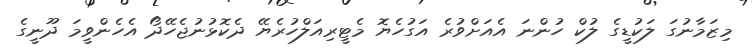
މިޒަމާނުގަ ލަކުޑީގެ ލުކް ހުންނަ އެއަށްވުރެ އަގުހެޔޮ މެޓީރިއަލްހުރެޔޭ ދެކޮޅުނުޖެހޭދޯ އެހެންވީމަ ދޫނީގެ